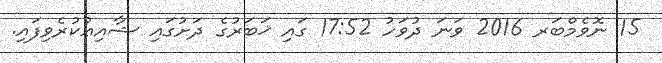
15 ނޮވެމްބަރ 2016 ވަނަ ދުވަހު 17:52 ގައި ޚަބަރުގެ ދަށުގައި ޝާއިޢުކުރެވިފައި.